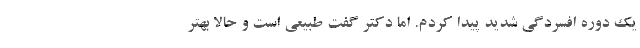
یک دوره افسردگی شدید پیدا کردم. اما دکتر گفت طبیعی است و حالا بهتر